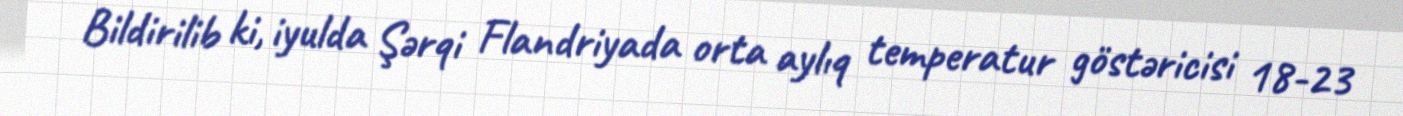
Bildirilib ki, iyulda Şərqi Flandriyada orta aylıq temperatur göstəricisi 18-23